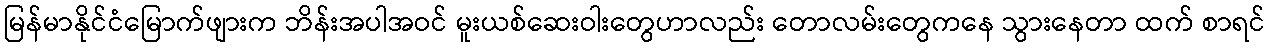
မြန်မာနိုင်ငံမြောက်ဖျားက ဘိန်းအပါအဝင် မူးယစ်ဆေးဝါးတွေဟာလည်း တောလမ်းတွေကနေ သွားနေတာ ထက် စာရင်